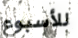
للأسبوع